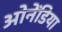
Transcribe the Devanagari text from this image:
ओनेंडिया